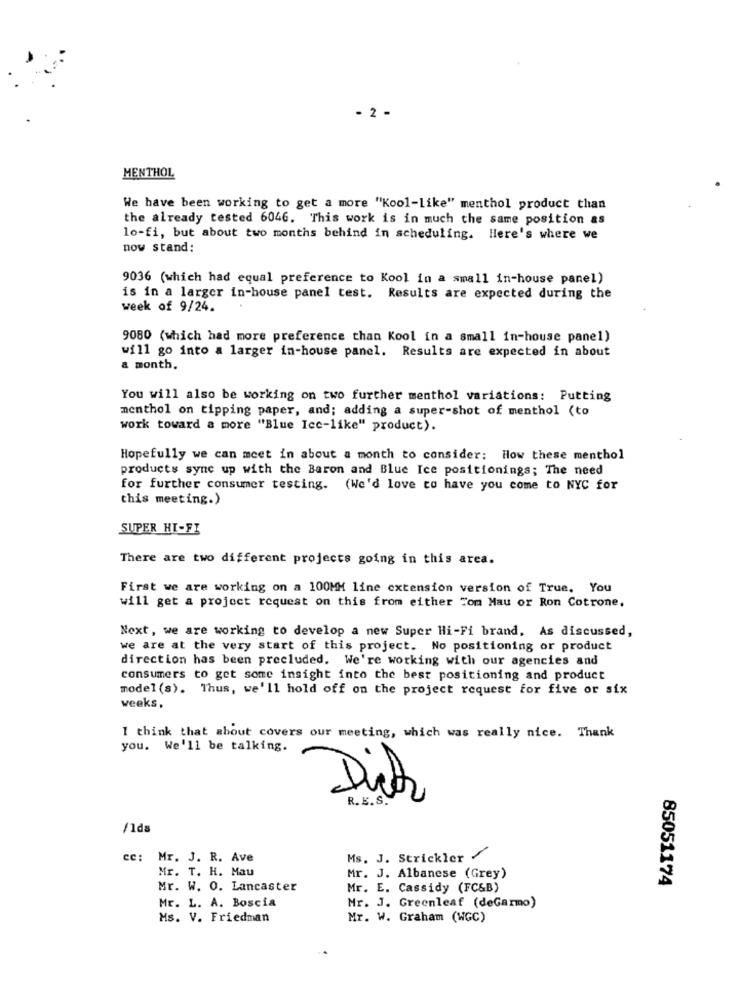
- 2 -
MENTHOL
We have been working to get a more "Kool-like" menthol product than
the already tested 6046. This work is in much the same position as
lo-fi, but about two months behind in scheduling. Here's where we
now stand:
9036 (which had equal preference to Kool in a small in-house panel)
is in a larger in-house panel test. Results are expected during the
week of 9/24.
9080 (which had more preference than Kool in a small in-house panel)
will go into a larger in-house panel. Results are expected in about
a month.
You will also be working on two further menthol variations: Putting
menthol on tipping paper, and; adding a super-shot of menthol (to
work toward a more "Blue Ice-like" product).
Hopefully we can meet in about a month to consider: How these menthol
products sync up with the Baron and Blue Ice positionings; The need
for further consumer testing. (We'd love to have you come to NYC for
this meeting.)
SUPER HI-FI
There are two different projects going in this area.
First we are working on a 100MM line extension version of True. You
will get a project request on this from either Tom Mau or Ron Cotrone.
Next, we are working to develop a new Super Hi-Fi brand, As discussed,
we are at the very start of this project. No positioning or product
direction has been precluded. We're working with our agencies and
consumers to get some insight into the best positioning and product
model (s). Thus, we'll hold off on the project request for five or six
weeks,
I think that about covers our meeting, which was really nice. Thank
you. We'll be talking.
Dich
R. E.S.
/1ds
cc: Mr. J. R. Ave
Ms. J. Strickler /
Mr. T. H. Mau
Mr. J. Albanese (Grey)
85051174
Mr. W. O. Lancaster
Mr. E. Cassidy (FC&B)
Mr. L. A. Boscia
Mr. J. Greenleaf (deGarmo)
Ms. V. Friedman
Mr. W. Graham (WGC)